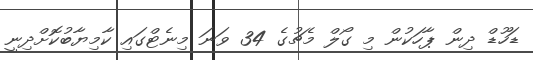
ޑަހޫޑް ދިން ޕާހަކުން މި ގޯލް މެޗުގެ 34 ވަނަ މިނެޓްގައި ކާމިޔާބުކޮށްދިނީ